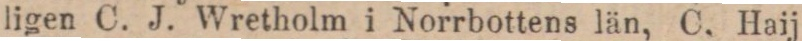
ligen C. J. Wretholm i Norrbottens län, C. Haij